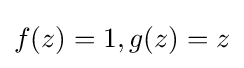
f(z)=1,g(z)=z